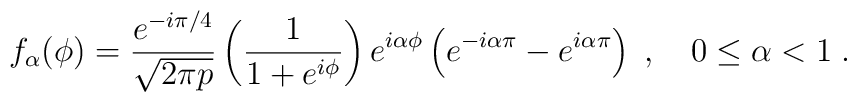
f_\alpha(\phi)={e^{-i\pi/4}\over\sqrt{2\pi p}}\left({1\over1+e^{i\phi}}\right)e^{i\alpha\phi}\left(e^{-i\alpha\pi}-e^{i\alpha\pi}\right)\; , \quad 0\le \alpha < 1\; .